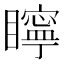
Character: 矃